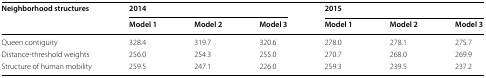
<table><thead><tr><td rowspan="2"><b>Neighborhood structures</b></td><td colspan="3"><b>2014</b></td><td colspan="3"><b>2015</b></td></tr><tr><td><b>Model 1</b></td><td><b>Model 2</b></td><td><b>Model 3</b></td><td><b>Model 1</b></td><td><b>Model 2</b></td><td><b>Model 3</b></td></tr></thead><tbody><tr><td>Queen contiguity</td><td>328.4</td><td>319.7</td><td>320.6</td><td>278.0</td><td>278.1</td><td>275.7</td></tr><tr><td>Distance-threshold weights</td><td>256.0</td><td>254.3</td><td>255.0</td><td>270.7</td><td>268.0</td><td>269.9</td></tr><tr><td>Structure of human mobility</td><td>259.5</td><td>247.1</td><td>226.0</td><td>259.3</td><td>239.5</td><td>237.2</td></tr></tbody></table>